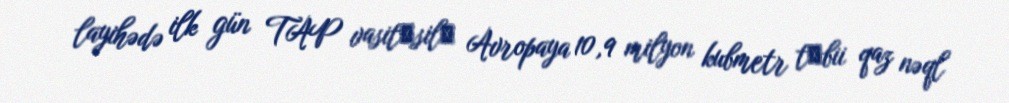
layihədə ilk gün TAP vasitǝsilǝ Avropaya 10,9 milyon kubmetr tǝbii qaz nəql